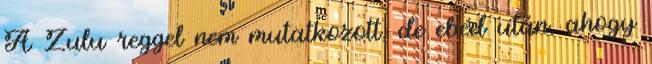
A Zulu reggel nem mutatkozott, de ebéd után, ahogy